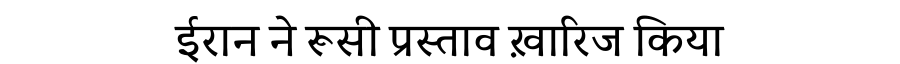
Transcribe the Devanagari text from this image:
ईरान ने रूसी प्रस्ताव ख़ारिज किया